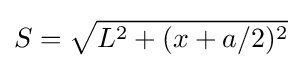
S={\sqrt {L^{2}+(x+a/2)^{2}}}